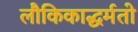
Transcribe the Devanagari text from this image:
लौकिकाद्धर्मतो